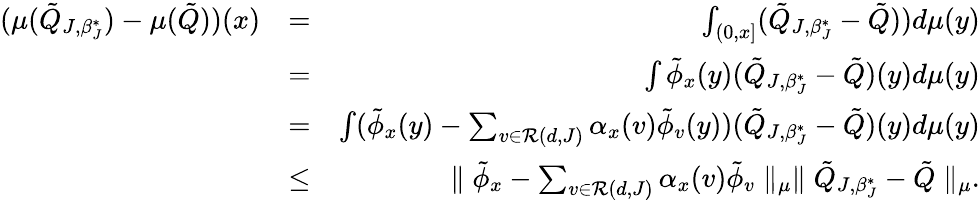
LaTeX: \begin{array}{rlr}{(\mu(\tilde{Q}_{J,\beta_{J}^{*}})-\mu(\tilde{Q}))(x)}&{=}&{\int_{(0,x]}(\tilde{Q}_{J,\beta_{J}^{*}}-\tilde{Q}))d\mu(y)}\\ &{=}&{\int\tilde{\phi}_{x}(y)(\tilde{Q}_{J,\beta_{J}^{*}}-\tilde{Q})(y)d\mu(y)}\\ &{=}&{\int(\tilde{\phi}_{x}(y)-\sum_{v\in{\cal R}(d,J)}\alpha_{x}(v)\tilde{\phi}_{v}(y))(\tilde{Q}_{J,\beta_{J}^{*}}-\tilde{Q})(y)d\mu(y)}\\ &{\leq}&{\parallel\tilde{\phi}_{x}-\sum_{v\in{\cal R}(d,J)}\alpha_{x}(v)\tilde{\phi}_{v}\parallel_{\mu}\parallel\tilde{Q}_{J,\beta_{J}^{*}}-\tilde{Q}\parallel_{\mu}.}\end{array}